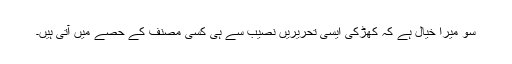
سو میرا خیال ہے کہ کھڑکی ایسی تحریریں نصیب سے ہی کسی مصنف کے حصے میں آتی ہیں۔